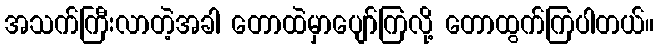
အသက်ကြီးလာတဲ့အခါ တောထဲမှာပျော်ကြလို့ တောထွက်ကြပါတယ်။